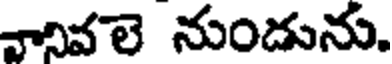
వానివలె నుందును.